Civil Veterinary Dept. Assam report 1911-1927 - 1911-1927
Year: 1911
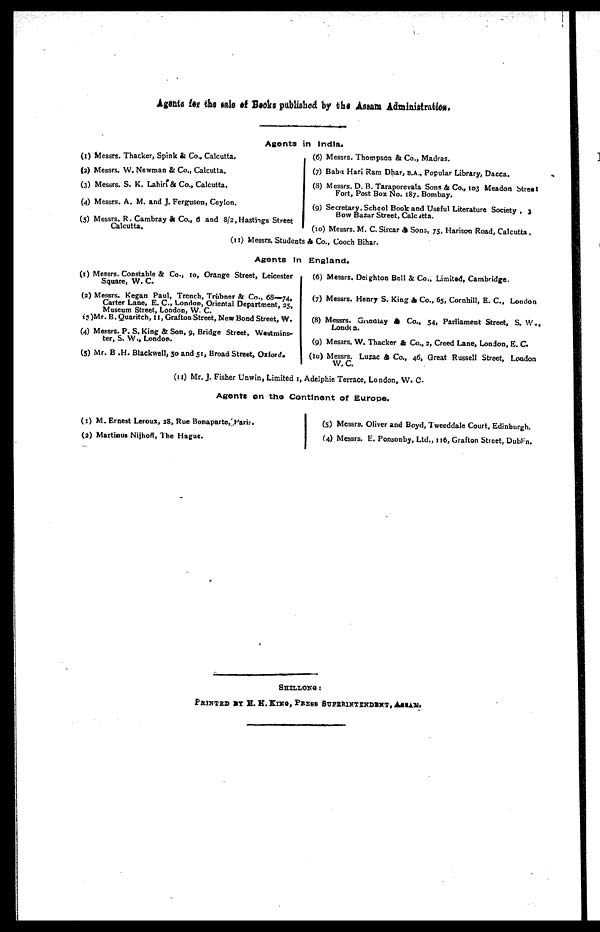
Agents for the sale of Books published by the Assam Administration..
Agents in India.
(1) Messrs. Thacker, Spink & Co., Calcutta.
(2) Messrs. W. Newman & Co., Calcutta.
(3) Messrs. S. K. Lahirf & Co., Calcutta.
(4) Messrs. A. M. and J. Ferguson, Ceylon.
(5) Messrs. R. Carmbray & Co., 6 and 8/2, Hastings Street
Calcutta.
(6) Messrs. Thompson & Co., Madras.
(7) Babu Hari Ram Dhar, B.A., Popular Library, Dacca.
(S) Messrs. D. B. Taraporevala Sons & Co., 103 Meadon Street
Fort, Post Box No. 187. Bombay.
(9) Secretary, School Book and Useful Literature Society , 3
Bow Bazar Street, Calcutta.
(10) Messrs. M. C. Sircar & Sons, 75, Harison Road, Calcutta.
(11) Messrs. Students & Co., Cooch Bihar.
Agents In England.
(1) Messrs. Constable & Co., 10, Orange Street, Leicester
Square, W. C.
(2) Messrs. Kegan Paul, Trench, Trubner St Co., 68—74,
Carter Lane, E. C.» London, Oriental Department, 25,
Museum Street, London, W. C.
(3 )Mr. B. Quaritch, 11, Grafton Street, New Bond Street, W.
(4) Messrs. P. S. King & Son, 9, Bridge Street, Westmins-
ter, S. W., London.
(5) Mr. B .H. Blackwell, 50 and 51, Broad Street, Oxford.
(6) Messrs. Deighton Bell & Co., Limited, Cambridge.
(7) Messrs. Henry S. King & Co., 65, Cornhill, E. C., London
(8) Messrs. Ganaiay & Co., 54, Parliament Street, S. W.,
London.
(9) Messrs. W. Thacker & Co., 2, Creed Lane, London, E. C.
(10) Messrs. Luzac & Co., 46, Great Russell Street, London
(11) Mr. J. Fisher Unwin, Limited 1, Adelphie Terrace, London, W. C.
Agents on the Continent of Europe.
(1) M. Ernest Leroux, 28, Rue Bonaparte, Paris.
(2) Martinus Nijhoff, The Hague.
(5) Messrs-. Oliver and Boyd, Tweeddale Court, Edinburgh.
(4) Messrs. E. Ponsonby, Ltd., 116, Grafton Street, Dublin.
SHILLONG:
PRINTED BY H. H.KING, PRESS SUPERINTENDENT, ASSAM.